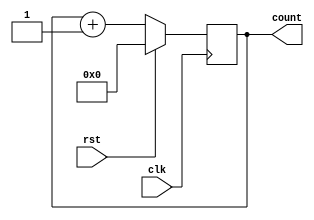
//VERILOG MODULE
module sync(count,rst,clk);
input wire rst, clk;
output reg [3:0] count;
//*USE the following block of code only during synthesis*
reg[20:0]clk_signal;
reg clk_1;
initial
clk_signal=21'd0;
always@(posedge clk)
begin
clk_signal=clk_signal+1;
clk_1=clk_signal[16];
end
always @(posedge clk) //*for synthesis use clk_1 instead of clk*
if (rst)
count<= 4'b0000;
else
count<= count + 4'b0001;
endmodule
// Test bench module
module sycounter_t ;
wire [3:0] count;
reg rst,clk;
sync m1 ( count,rst,clk);
initial
clk = 1'b0;
always
#5 clk = ~clk;
initial
begin
#10; rst= 1'b1 ;
#10; rst= 1'b0 ;
#10; rst= 1'b1 ;
#10; rst= 1'b0 ;
#200 $finish;
end
initial
$monitor ($time, "Output count = %d ",count );
endmodule